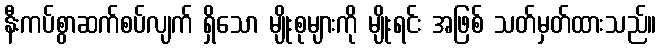
နီးကပ်စွာဆက်စပ်လျက် ရှိသော မျိုးစုများကို မျိုးရင်း အဖြစ် သတ်မှတ်ထားသည်။